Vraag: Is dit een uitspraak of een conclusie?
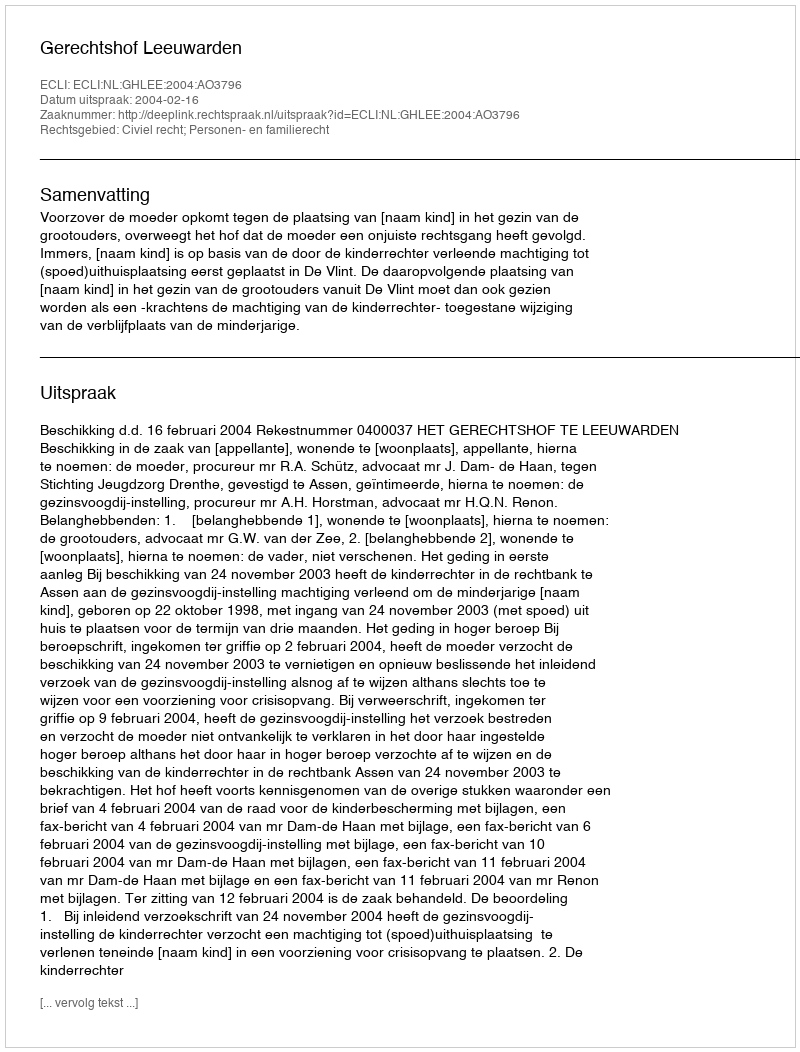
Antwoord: Uitspraak